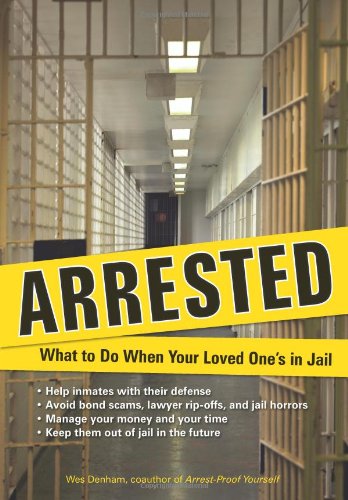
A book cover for Arrested: What to Do When Your Loved One's in Jail; Wes Denham; Law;